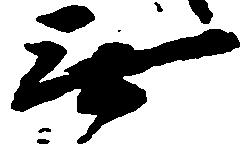
無